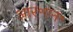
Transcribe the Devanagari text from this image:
आर॰एन॰